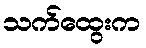
သက်ထွေးက